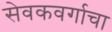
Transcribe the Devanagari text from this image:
सेवकवर्गाचा